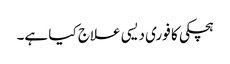
ہچکی کا فوری دیسی علاج کیا ہے۔